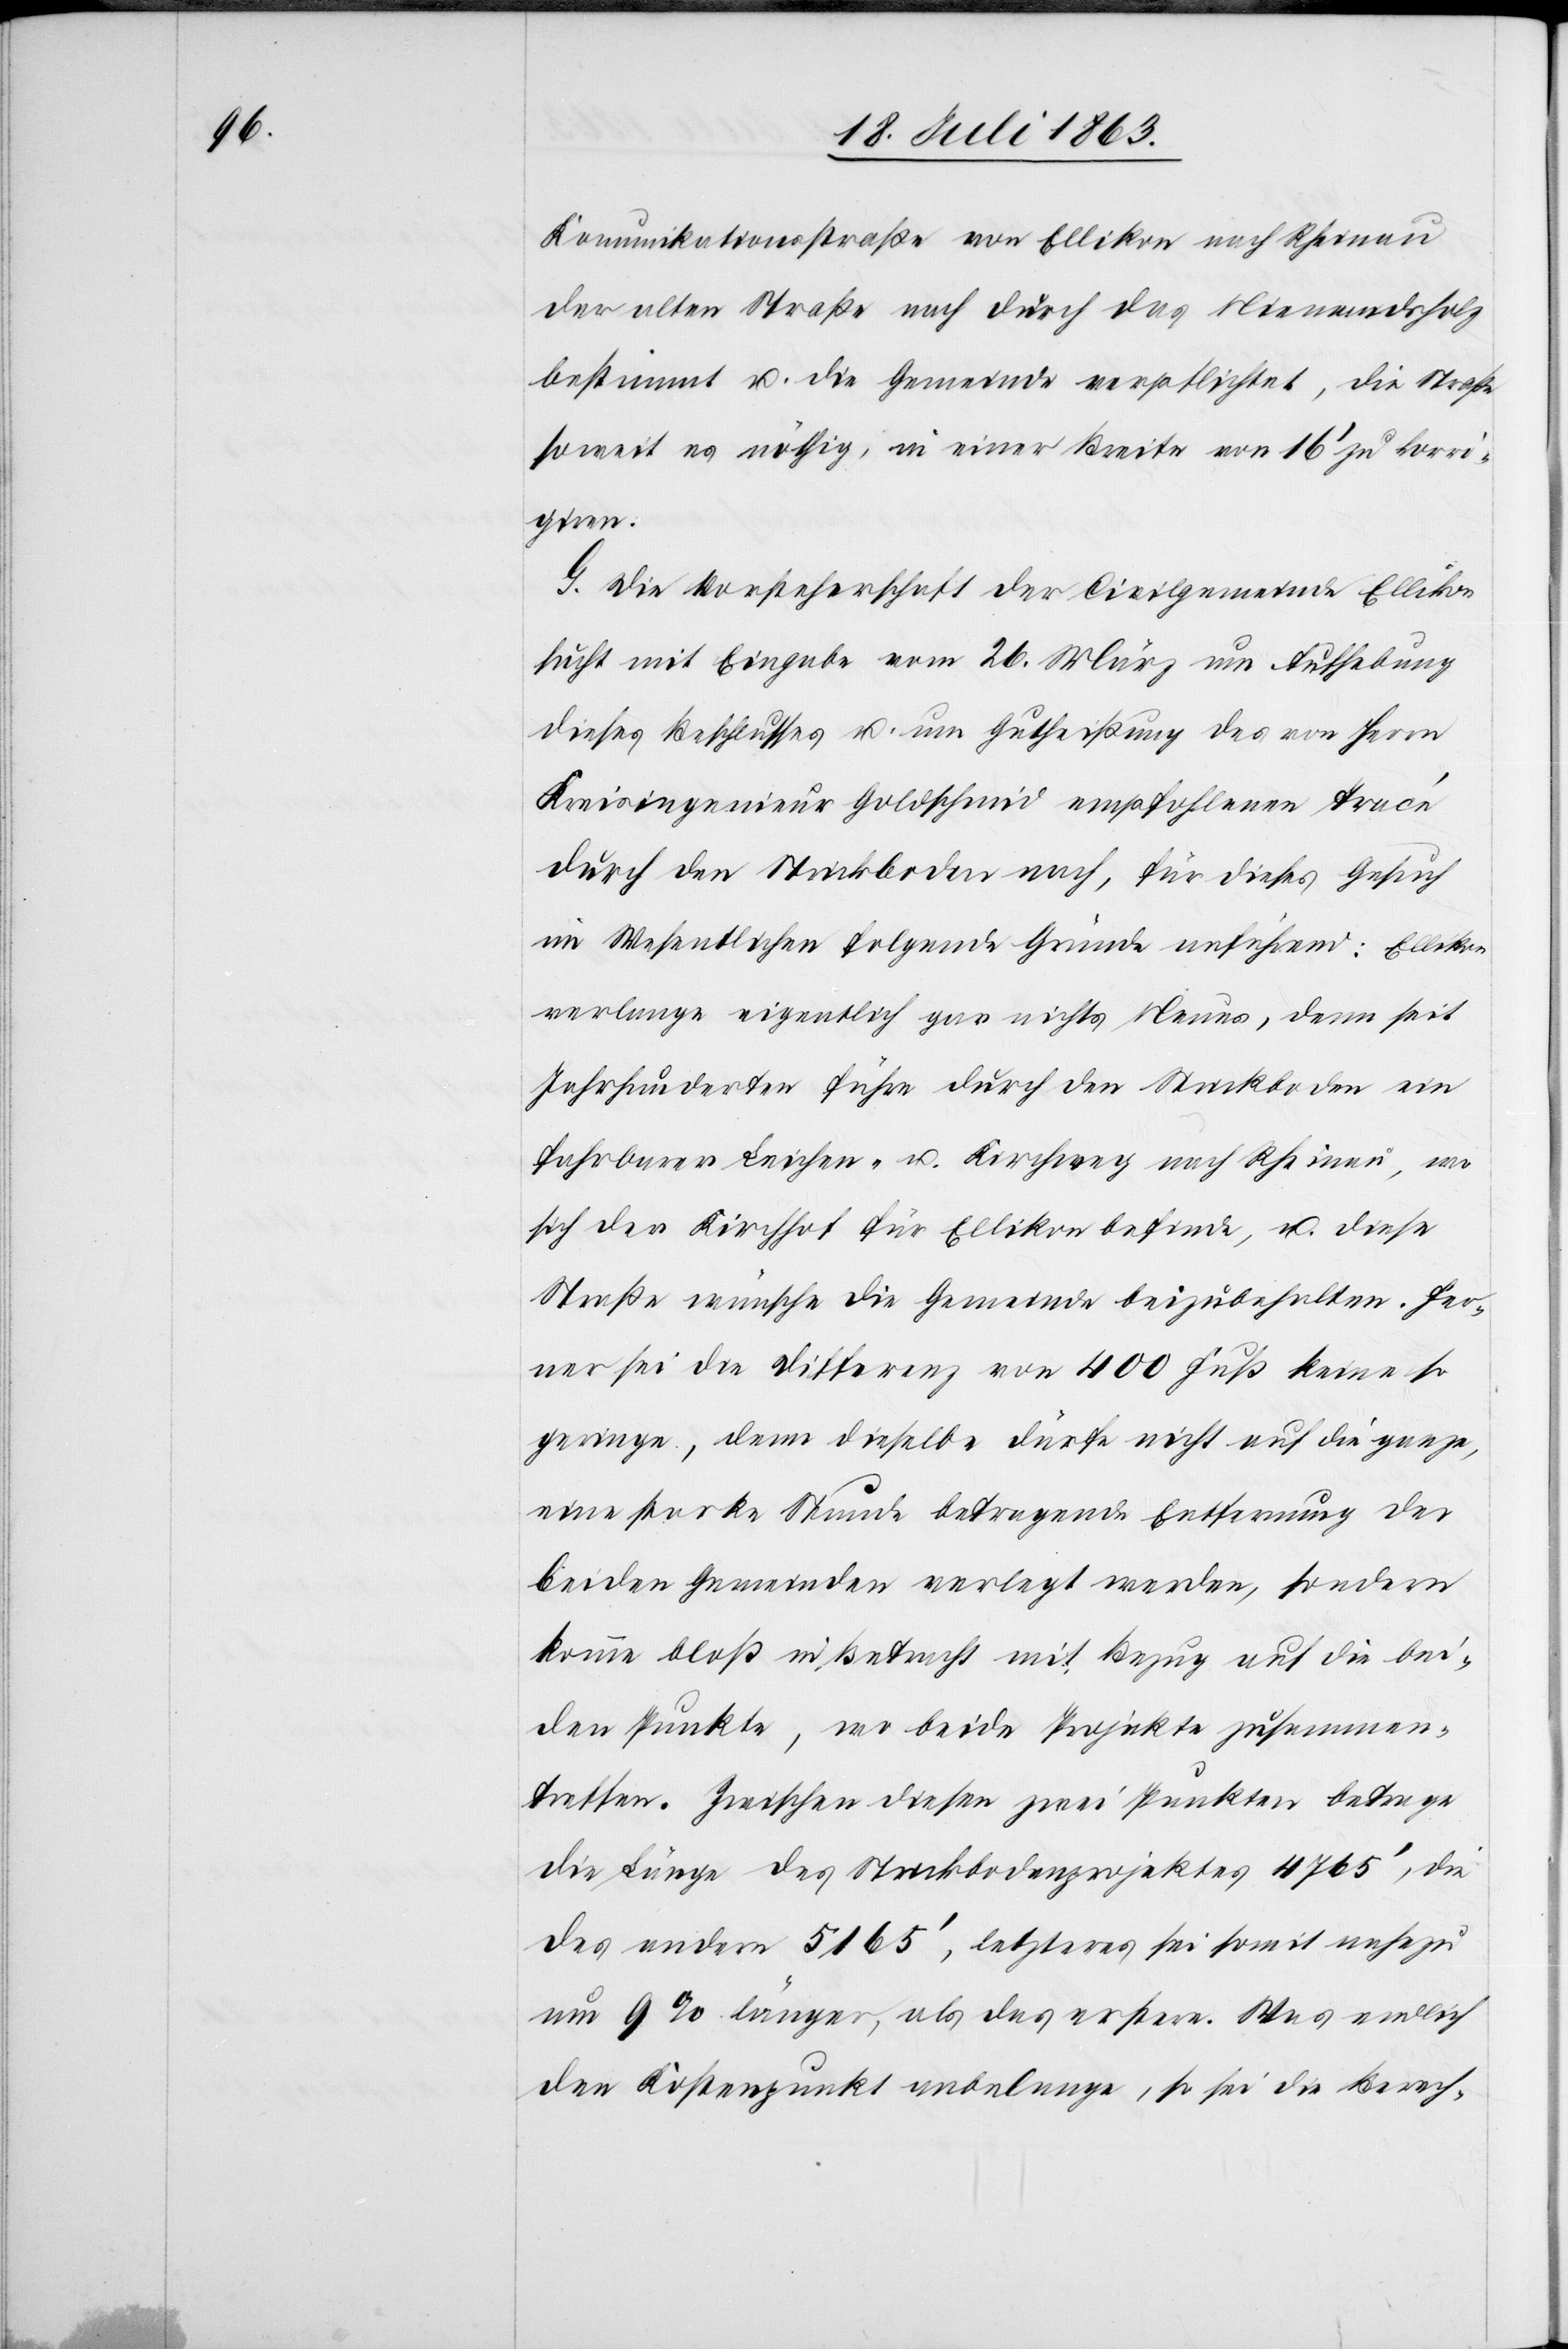
Komunikationsstraße von Ellikon nach Rheinau
der alten Straße nach durch das Niemandsholz
bestimmt u. die Gemeinde verpflichtet, die Straße
soweit es nöthig, in einer Breite von 16' zu korri¬
giren.
G. Die Vorsteherschaft der Civilgemeinde Ellikon
sucht mit Eingabe vom 26. März um Aufhebung
dieses Beschlusses u. um Gutheißung des von Herrn
Kreisingenieur Goldschmid empfohlenen Tracé
durch den Strickboden nach, für dieses Gesuch
im Wesentlichen folgende Gründe anführend: Ellikon
verlange eigentlich gar nichts Neues, denn seit
Jahrhunderten führe durch den Strickboden ein
fahrbarer Leichen- u. Kirchweg nach Rheinau, wo
sich der Kirchhof für Ellikon befinde, u. diese
Straße wünsche die Gemeinde beizubehalten. Fer¬
ner sei die Differenz von 400 Fuß keine so
geringe, denn dieselbe dürfe nicht auf die ganze,
eine starke Stunde betragende Entfernung der
beiden Gemeinden verlegt werden, sondern
komme bloß in Betracht mit Bezug auf die bei¬
den Punkte, wo beide Projekte zusammen¬
treffen. Zwischen diesen zwei Punkten betrage
die Länge des Strickbodenprojektes 4765', die
des andern 5165', letzteres sei somit nahezu
um 9% länger, als das erstere. Was endlich
den Kostenpunkt anbelange, so sei die Berech-